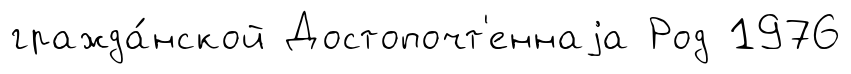
гражда́нской Достопочт'еннаjа Род 1976